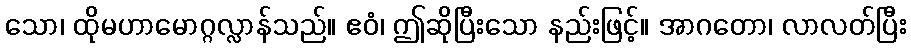
သော၊ ထိုမဟာမောဂ္ဂလ္လာန်သည်။ ဧဝံ၊ ဤဆိုပြီးသော နည်းဖြင့်။ အာဂတော၊ လာလတ်ပြီး